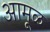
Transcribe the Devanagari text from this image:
आमूळ